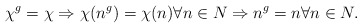
\begin{align*} \chi^g = \chi \Rightarrow \chi(n^g) = \chi (n) \forall n \in N \Rightarrow n^g = n \forall n \in N. \end{align*}